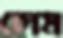
চোম